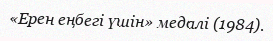
«Ерен еңбегі үшін» медалі (1984).